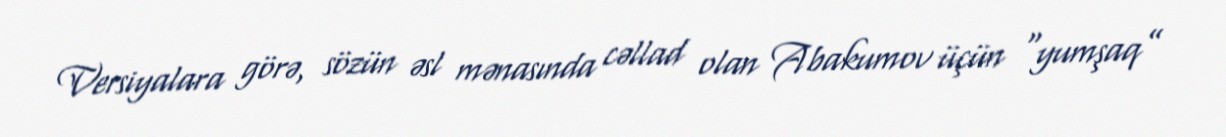
Versiyalara görə, sözün əsl mənasında cəllad olan Abakumov üçün “yumşaq”